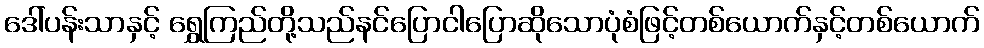
ဒေါ်ပန်းသာနှင့် ရွှေကြည်တို့သည်နင်ပြောငါပြောဆိုသောပုံစံဖြင့်တစ်ယောက်နှင့်တစ်ယောက်